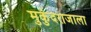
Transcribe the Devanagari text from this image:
मुकुंदराजाला